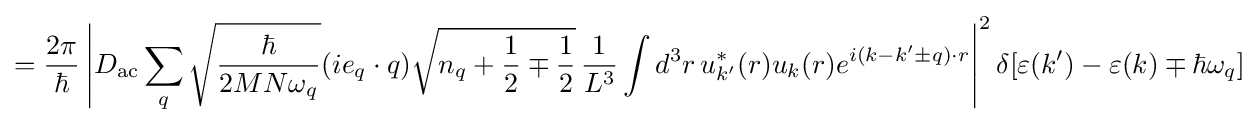
={\frac {2\pi }{\hbar }}\left|D_{\text{ac}}\sum _{q}{\sqrt {\frac {\hbar }{2MN\omega _{q}}}}(ie_{q}\cdot q){\sqrt {n_{q}+{\frac {1}{2}}\mp {\frac {1}{2}}}}\,{\frac {1}{L^{3}}}\int d^{3}r\,u_{k'}^{\ast }(r)u_{k}(r)e^{i(k-k'\pm q)\cdot r}\right|^{2}\delta [\varepsilon (k')-\varepsilon (k)\mp \hbar \omega _{q}]